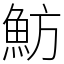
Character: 魴